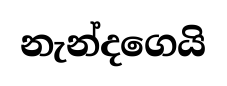
නැන්දගෙයි